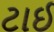
ટાઈ